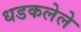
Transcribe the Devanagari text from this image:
धडकलेले